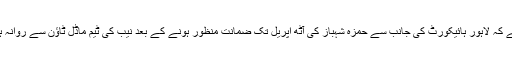
واضح رہے کہ لاہور ہائیکورٹ کی جانب سے حمزہ شہباز کی آٹھ اپریل تک ضمانت منظور ہونے کے بعد نیب کی ٹیم ماڈل ٹاؤن سے روانہ ہوگئی تھی۔